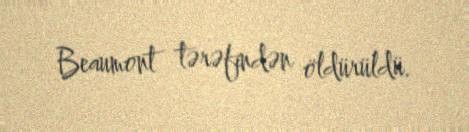
Beaumont tərəfindən öldürüldü.